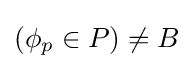
(\phi _{p}\in P)\neq B